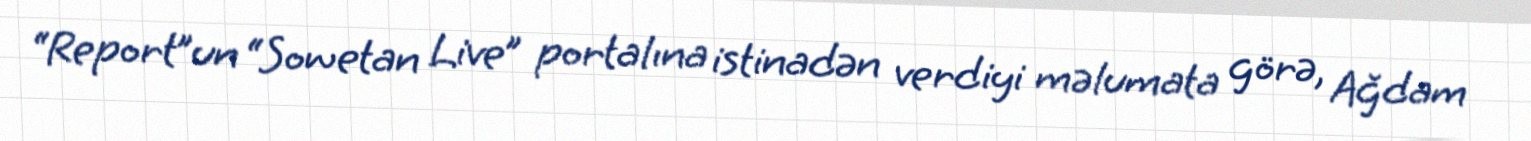
“Report”un “Sowetan Live” portalına istinadən verdiyi məlumata görə, Ağdam